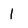
Character: 1